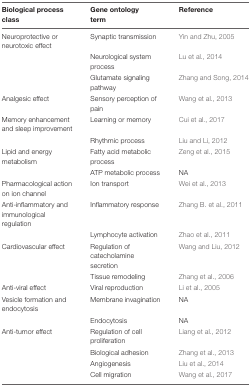
| Biological process class | Gene ontology term | Reference |
 | --- | --- | --- |
 | Neuroprotective or neurotoxic effect | Synaptic transmission | Yin and Zhu, 2005 |
 |  | Neurological system process | Lu et al., 2014 |
 |  | Glutamate signaling pathway | Zhang and Song, 2014 |
 | Analgesic effect | Sensory perception of pain | Wang et al., 2013 |
 | Memory enhancement and sleep improvement | Learning or memory | Cui et al., 2017 |
 |  | Rhythmic process | Liu and Li, 2012 |
 | Lipid and energy metabolism | Fatty acid metabolic process | Zeng et al., 2015 |
 |  | ATP metabolic process | NA |
 | Pharmacological action on ion channel | Ion transport | Wei et al., 2013 |
 | Anti-inflammatory and immunological regulation | Inflammatory response | Zhang B. et al., 2011 |
 |  | Lymphocyte activation | Zhao et al., 2011 |
 | Cardiovascular effect | Regulation of catecholamine secretion | Wang and Liu, 2012 |
 |  | Tissue remodeling | Zhang et al., 2006 |
 | Anti-viral effect | Viral reproduction | Li et al., 2005 |
 | Vesicle formation and endocytosis | Membrane invagination | NA |
 |  | Endocytosis | NA |
 | Anti-tumor effect | Regulation of cell proliferation | Liang et al., 2012 |
 |  | Biological adhesion | Zhang et al., 2013 |
 |  | Angiogenesis | Liu et al., 2014 |
 |  | Cell migration | Wang et al., 2017 |